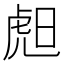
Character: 䖑